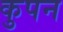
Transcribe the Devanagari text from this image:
कुपन